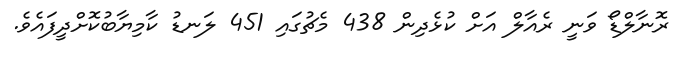
ރޮނާލްޑޯ ވަނީ ރެއާލް އަށް ކުޅެދިން 438 މެޗުގައި 451 ލަނޑު ކާމިޔާބުކޮށްދީފައެވެ.